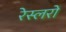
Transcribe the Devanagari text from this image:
रेस्लरों